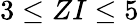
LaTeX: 3\le ZI\le 5